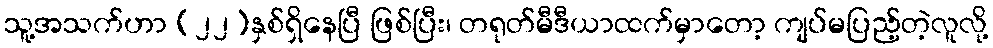
သူ့အသက်ဟာ (၂၂)နှစ်ရှိနေပြီ ဖြစ်ပြီး၊ တရုတ်မီဒီယာထက်မှာတော့ ကျပ်မပြည့်တဲ့လူလို့